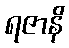
ရဇာနိ